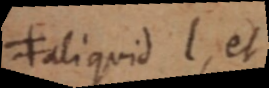
≠ aliquid l, et